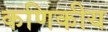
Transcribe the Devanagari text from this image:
कणिकीय